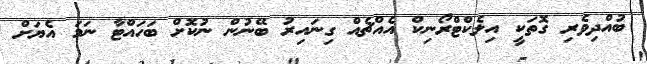
ބުއްދިވެރި ގޮތަކީ އިލެކްޓްރޯނިކް އެއްޗެއް ގިނައިރު ބޭނުން ނުކޮށް ބަހައްޓާ ނަމަ އެޔަށް